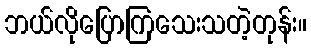
ဘယ်လိုပြောကြသေးသတဲ့တုန်း။